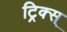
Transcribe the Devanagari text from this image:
ट्रिक्स्